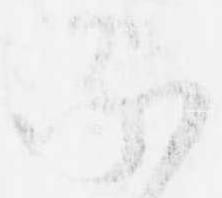
承